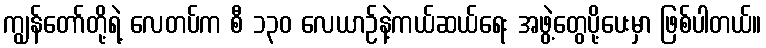
ကျွန်တော်တို့ရဲ့ လေတပ်က စီ ၁၃၀ လေယာဉ်နဲ့ကယ်ဆယ်ရေး အဖွဲ့တွေပို့ပေးမှာ ဖြစ်ပါတယ်။